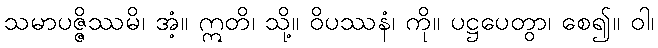
သမာပဇ္ဇိဿမိ၊ အံ့။ ဣတိ၊ သို့။ ဝိပဿနံ၊ ကို။ ပဋ္ဌပေတွာ၊ စေ၍။ ဝါ၊